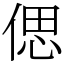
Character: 偲